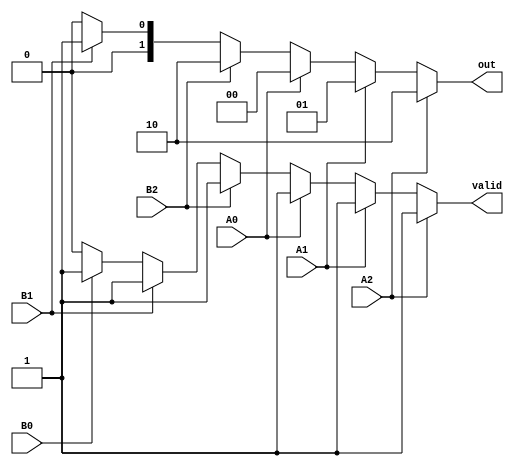
module dual_priority_encoder (
    input  wire A0, A1, A2,   // Set A inputs
    input  wire B0, B1, B2,   // Set B inputs
    output reg  [1:0] out,    // 2-bit binary output for index
    output reg  valid          // Validity signal
);

always @(*) begin
    // Default output
    out = 2'b00; // Default output value
    valid = 1'b0; // Default validity is false
    
    // Check Set A (higher priority)
    if (A2) begin
        out = 2'b10; // Encode A2
        valid = 1'b1;
    end else if (A1) begin
        out = 2'b01; // Encode A1
        valid = 1'b1;
    end else if (A0) begin
        out = 2'b00; // Encode A0
        valid = 1'b1;
    end
    // If no active inputs in Set A, check Set B
    else if (B2) begin
        out = 2'b10; // Encode B2
        valid = 1'b1;
    end else if (B1) begin
        out = 2'b01; // Encode B1
        valid = 1'b1;
    end else if (B0) begin
        out = 2'b00; // Encode B0
        valid = 1'b1;
    end
    // If no inputs are active, out remains 00 and valid remains 0
end

endmodule